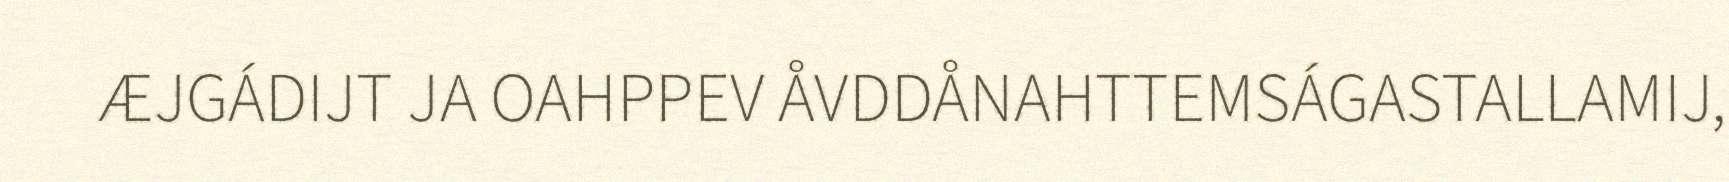
ÆJGÁDIJT JA OAHPPEV ÅVDDÅNAHTTEMSÁGASTALLAMIJ,